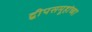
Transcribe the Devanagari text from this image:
द्वीपसमूहांच्या